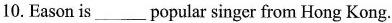
10.Eason is___popular singer from Hong Kong.